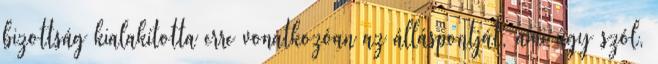
bizottság kialakította erre vonatkozóan az álláspontját, ami úgy szól,